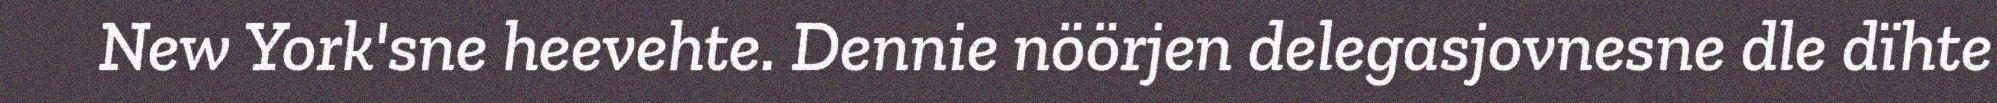
New York'sne heevehte. Dennie nöörjen delegasjovnesne dle dïhte